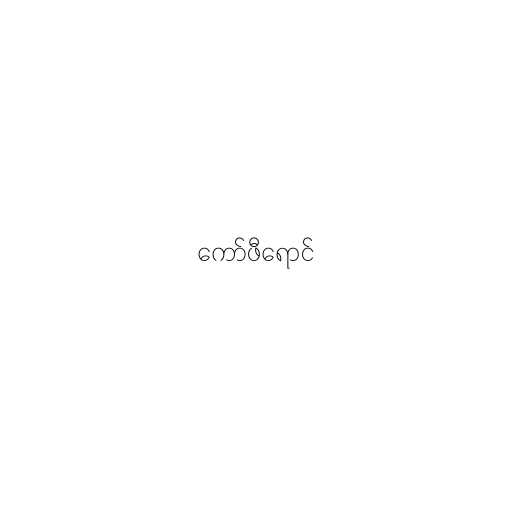
ကော်ဖီရောင်